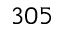
3 0 5